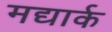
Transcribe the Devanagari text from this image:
मद्यार्क